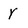
Character: Y